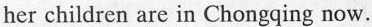
her children are in Chongqing now.